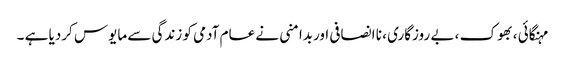
مہنگائی ، بھوک ، بے روزگاری ، نا انصافی اوربدامنی نے عام آدمی کو زندگی سے مایوس کردیا ہے ۔